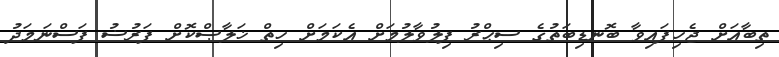
ތިބާއަށް ޖެހިފައިވާ ބޮނޑިބަތުގެ ސިިޙްރު ފިލުވާލުމަށް އެކަމަށް ހިތް ޚަލާޞްކޮށް ފަރުޟު ފަސްނަމަދު